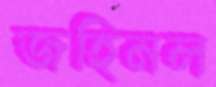
জহিনল